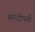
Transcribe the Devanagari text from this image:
सान्दीपनी